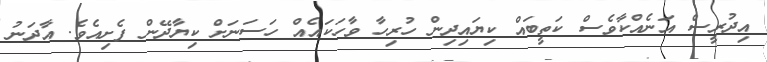
އިދުރީސް އަނެއްކާވެސް ކަތީބައް ކިޔައިދިން ހުރިހާ ވާހަކައެއް ހަސަނަށް ކިޔާދޭން ފެށިއެވެ. އާދަނު